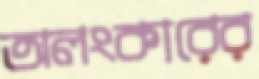
অলংকারের